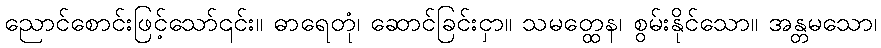
ညောင်စောင်းဖြင့်သော်၎င်း။ ဓာရေတုံ၊ ဆောင်ခြင်းငှာ။ သမတ္ထေန၊ စွမ်းနိုင်သော။ အန္တမသော၊